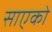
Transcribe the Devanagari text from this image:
साएको